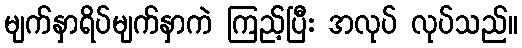
မျက်နှာရိပ်မျက်နှာကဲ ကြည့်ပြီး အလုပ် လုပ်သည်။